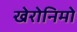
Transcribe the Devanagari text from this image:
खेरोनिमो